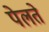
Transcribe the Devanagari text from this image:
पेलते